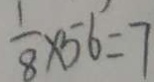
\frac { 1 } { 8 } \times 5 6 = 7